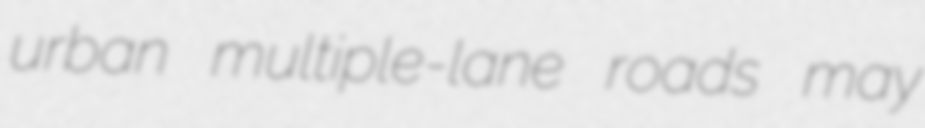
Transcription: urban multiple-lane roads may